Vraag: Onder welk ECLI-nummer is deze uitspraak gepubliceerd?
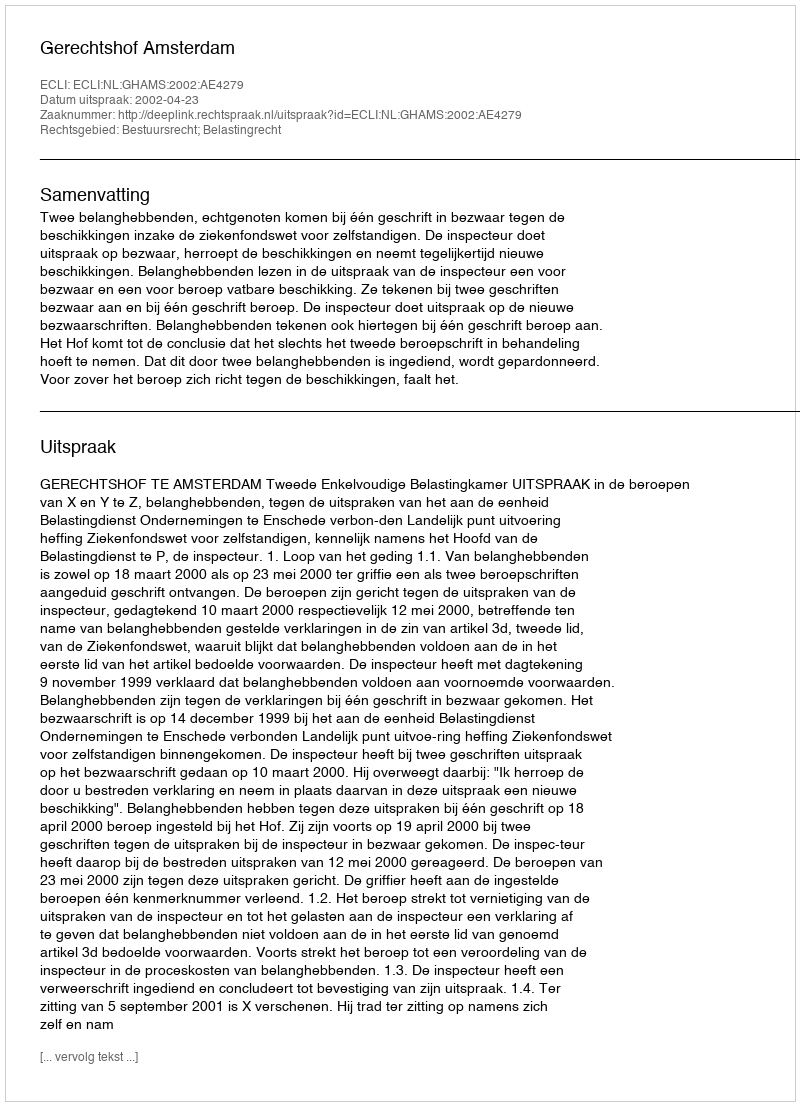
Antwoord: ECLI:NL:GHAMS:2002:AE4279